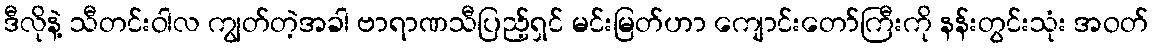
ဒီလိုနဲ့ သီတင်းဝါလ ကျွတ်တဲ့အခါ ဗာရာဏသီပြည့်ရှင် မင်းမြတ်ဟာ ကျောင်းတော်ကြီးကို နန်းတွင်းသုံး အဝတ်